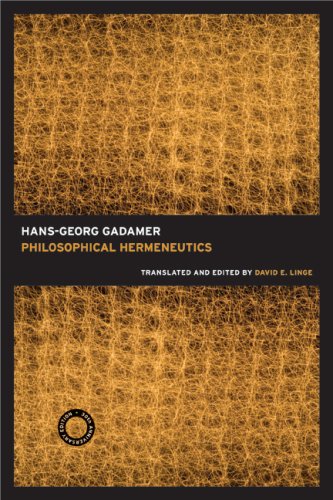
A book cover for Philosophical Hermeneutics; Hans-Georg Gadamer; Politics & Social Sciences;